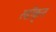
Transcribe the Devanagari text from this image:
स्वीकृन